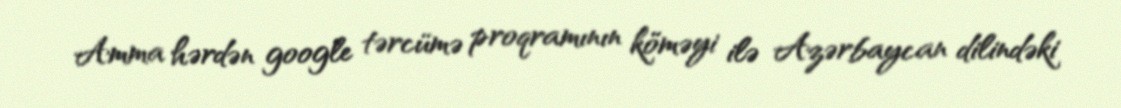
Amma hərdən google tərcümə proqramının köməyi ilə Azərbaycan dilindəki